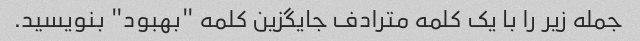
جمله زیر را با یک کلمه مترادف جایگزین کلمه "بهبود" بنویسید.